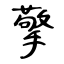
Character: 擎